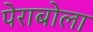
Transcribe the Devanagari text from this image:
पेराबोला